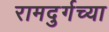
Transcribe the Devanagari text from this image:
रामदुर्गच्या